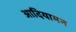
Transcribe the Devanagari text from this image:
आदियामन